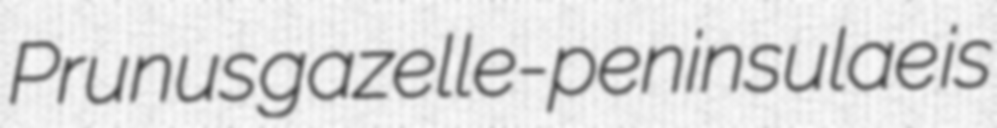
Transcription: Prunus gazelle-peninsulae is